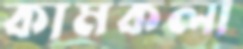
কামকলা